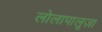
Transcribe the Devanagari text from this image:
लोलापालूज़ा